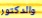
والدكتور